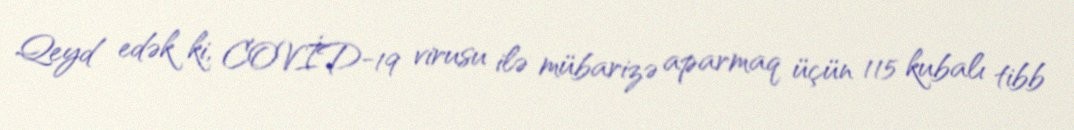
Qeyd edək ki, COVİD-19 virusu ilə mübarizə aparmaq üçün 115 kubalı tibb